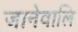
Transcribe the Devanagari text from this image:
जानेवालि